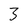
Character: 3